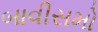
બાવીસમો